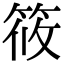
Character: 筱